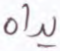
يداه